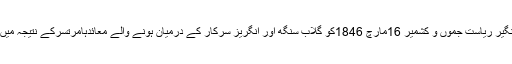
ایک نظر میں عامر جہانگیر ریاست جموں و کشمیر 16مارچ 1846کو گلاب سنگھ اور انگریز سرکار کے درمیان ہونے والے معائدہامرتسرکے نتیجہ میں معرض وجود میں آئی ۔